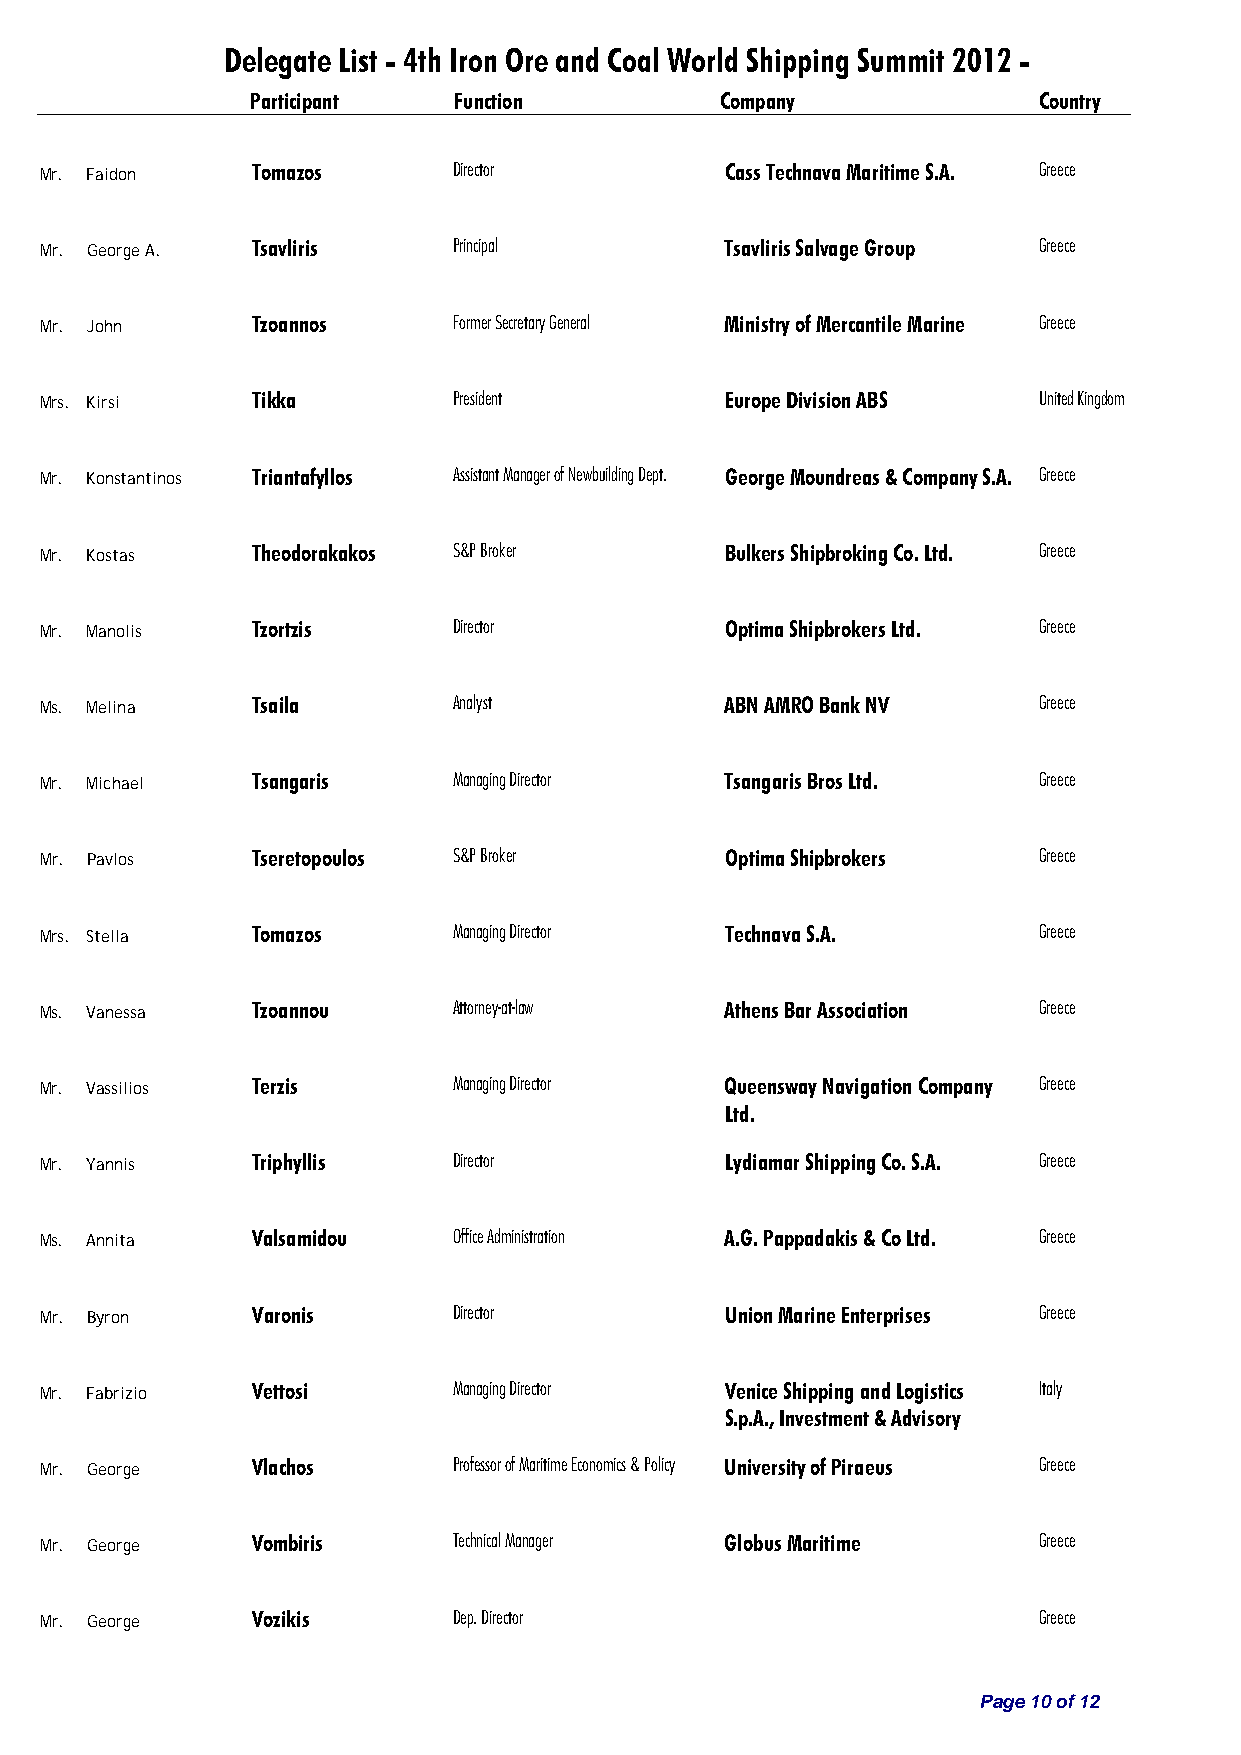
Delegate List - 4th Iron Ore and Coal World Shipping Summit 2012 -
 Participant  Function          Company              Country
 Mr. Faidon    Tomazos      Director          Cass Technava Maritime S.A. Greece
 Mr. George A. Tsavliris    Principal         Tsavliris Salvage Group Greece
 Mr. John      Tzoannos     Former Secretary General Ministry of Mercantile Marine Greece
 Mrs. Kirsi    Tikka        President         Europe Division ABS  United Kingdom
 Mr. Konstantinos Triantafyllos Assistant Manager of Newbuilding Dept. George Moundreas & Company S.A. Greece
 Mr. Kostas    Theodorakakos S&P Broker       Bulkers Shipbroking Co. Ltd. Greece
 Mr. Manolis   Tzortzis     Director          Optima Shipbrokers Ltd. Greece
 Ms. Melina    Tsaila       Analyst           ABN AMRO Bank NV     Greece
 Mr. Michael   Tsangaris    Managing Director Tsangaris Bros Ltd.  Greece
 Mr. Pavlos    Tseretopoulos S&P Broker       Optima Shipbrokers   Greece
 Mrs. Stella   Tomazos      Managing Director Technava S.A.        Greece
 Ms. Vanessa   Tzoannou     Attorney-at-law   Athens Bar Association Greece
 Mr. Vassilios Terzis       Managing Director Queensway Navigation Company Greece
 Ltd.
 Mr. Yannis    Triphyllis   Director          Lydiamar Shipping Co. S.A. Greece
 Ms. Annita    Valsamidou   Office Administration A.G. Pappadakis & Co Ltd. Greece
 Mr. Byron     Varonis      Director          Union Marine Enterprises Greece
 Mr. Fabrizio  Vettosi      Managing Director Venice Shipping and Logistics Italy
 S.p.A., Investment & Advisory
 Mr. George    Vlachos      Professor of Maritime Economics & Policy University of Piraeus Greece
 Mr. George    Vombiris     Technical Manager Globus Maritime      Greece
 Mr. George    Vozikis      Dep. Director                          Greece
 Page 10 of 12